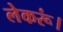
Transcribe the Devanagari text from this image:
लेकरूं।